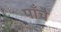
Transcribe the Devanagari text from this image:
पाँचै